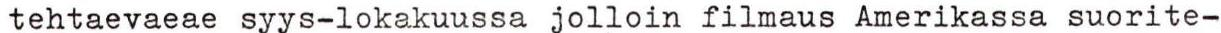
tehtaevaeae syys-lokakuussa jolloin filmaus Amerikassa suorite-